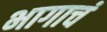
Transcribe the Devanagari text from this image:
भागाचं